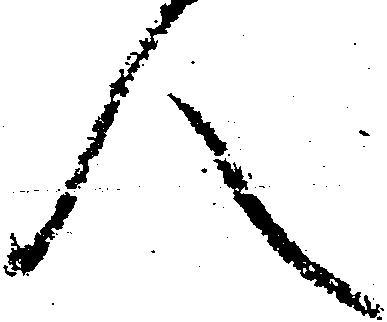
人